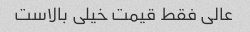
عالی فقط قیمت خیلی بالاست